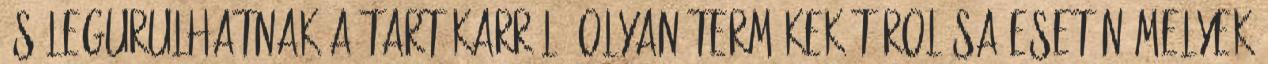
és legurulhatnak a tartókarról. Olyan termékek tárolása esetén melyek